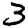
Digit: 3